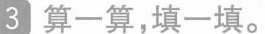
3 算一算，填一填。